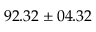
9 2 . 3 2 \pm 0 4 . 3 2